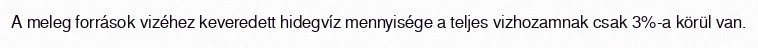
A meleg források vizéhez keveredett hidegvíz mennyisége a teljes vizhozamnak csak 3%-a körül van.